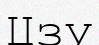
Цзу